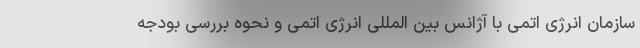
سازمان انرژی اتمی با آژانس بین المللی انرژی اتمی و نحوه بررسی بودجه